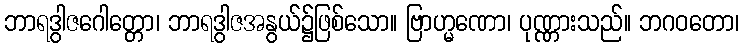
ဘာရဒွါဇဂေါတ္တော၊ ဘာရဒွါဇအနွယ်၌ဖြစ်သော။ ဗြာဟ္မဏော၊ ပုဏ္ဏားသည်။ ဘဂဝတော၊